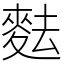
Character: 麮